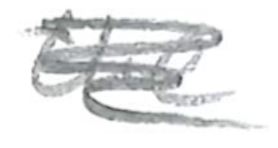
Text: the
Cross-out: mix
Writing tool: pencil